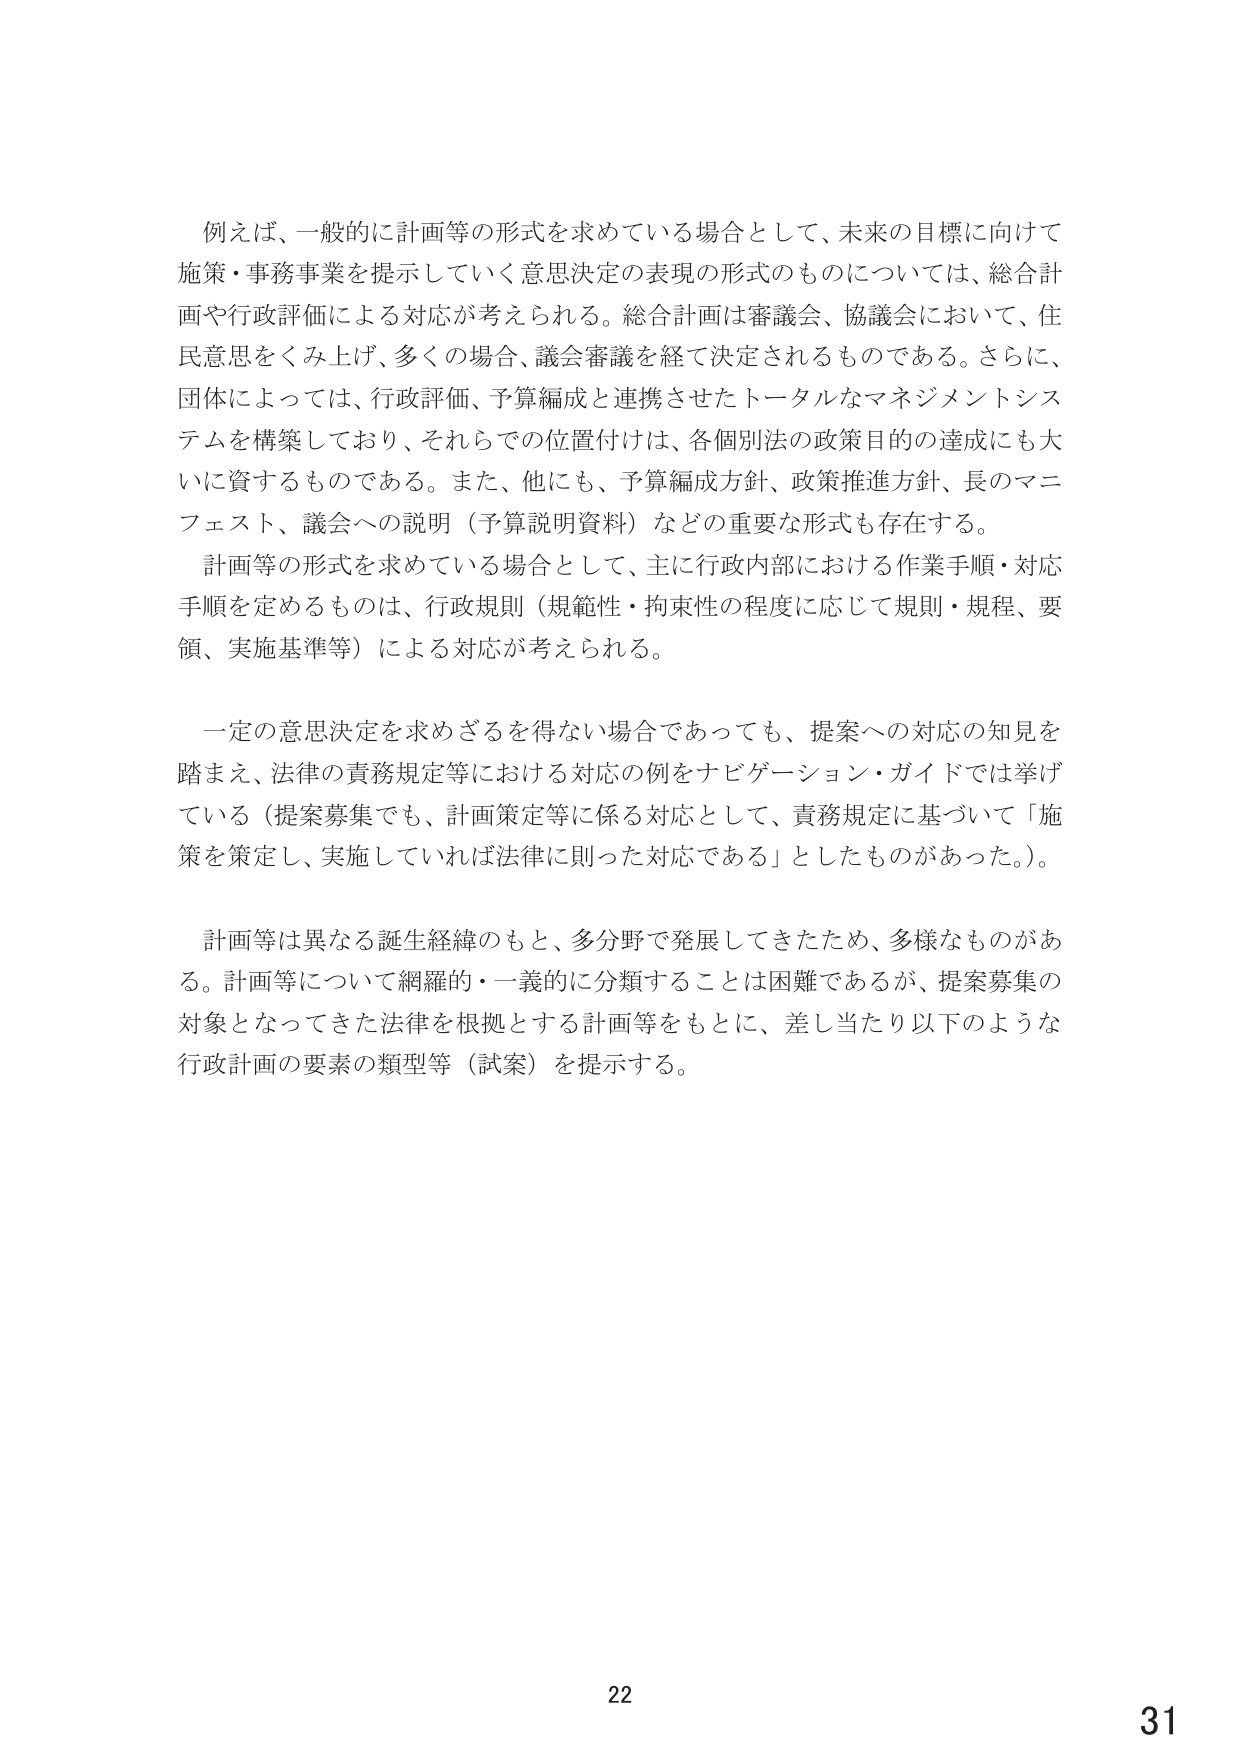
例えば、一般的に計画等の形式を求めている場合として、未来の目標に向けて
施策・事務事業を提示していく意思決定の表現の形式のものについては、総合計
画や行政評価による対応が考えられる。総合計画は審議会、協議会において、住
民意思をくみ上げ、多くの場合、議会審議を経て決定されるものである。さらに、
団体によっては、行政評価、予算編成と連携させたトータルなマネジメントシス
テムを構築しており、それまでの位置付けは、各個別法の政策目的の達成にも大
いに資するものである。また、他にも、予算編成方針、政策推進方針、長のマニ
フェスト、議会への説明（予算説明資料）などの重要な形式も存在する。
計画等の形式を求めている場合として、主に行政内部における作業手順・対応
手順を定めるものは、行政規則（規範性・拘束性の程度に応じて規則・規程、要
領、実施基準等）による対応が考えられる。
一定の意思決定を求めざるを得ない場合であっても、提案への対応の知見を
踏まえ、法律の責務規定等における対応の例をナビゲーション・ガイドでは挙げ
ている（提案募集でも、計画策定等に係る対応として、責務規定に基づいて「施
策を策定し、実施していれば法律に則った対応である」としたものがあった。）。
計画等は異なる誕生経緯のもと、多分野で発展してきたため、多様なものがあ
る。計画等について網羅的・一義的に分類することは困難であるが、提案募集の
対象となってきた法律を根拠とする計画等をもとに、差し当たり以下のような
行政計画の要素の類型等（試案）を提示する。
22
31